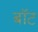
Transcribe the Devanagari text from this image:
बाॅट